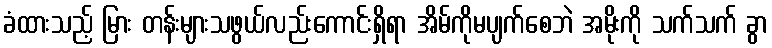
ခံထားသည့် မြား တန်းများသဖွယ်လည်းကောင်းရှိရာ အိမ်ကိုမပျက်စေဘဲ အမိုးကို သက်သက် ခွာ